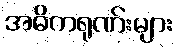
အဓိကရုဏ်းများ